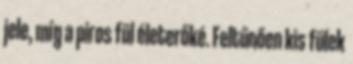
jele, míg a piros fül életerőké. Feltűnően kis fülek